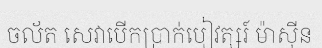
ចល័ត សេវាបើកប្រាក់បៀវត្សរ៍ ម៉ាស៊ីន